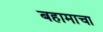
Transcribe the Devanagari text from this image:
बहामाचा